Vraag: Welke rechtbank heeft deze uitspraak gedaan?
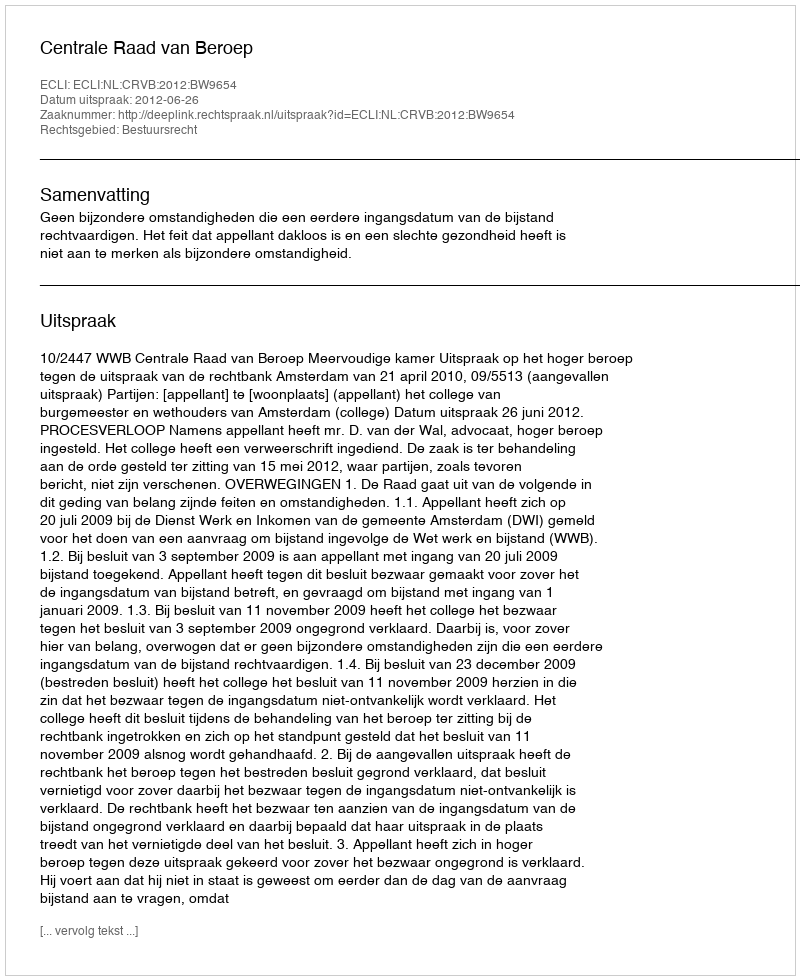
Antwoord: Centrale Raad van Beroep